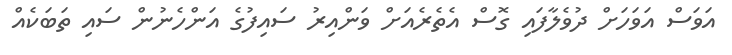
އަވަސް އަވަހަށް ދުވެލާފައި ގޮސް އެތެރެއަށް ވަންއިރު ސައިފުގެ އަންހެނުން ސައި ތަބަކެއް